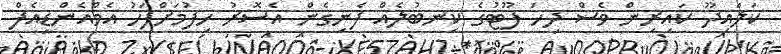
ކަލައިދޫ ކައިރިން ވެސް ދިހަ ފޫޓުގެ ކިނބުލެއް ފެނިގެން އެސޮރު ހިފުމަށްފަހު އެމްއެންޑީއެފް